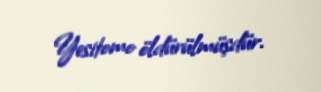
Yesitomo öldürülmüşdür.